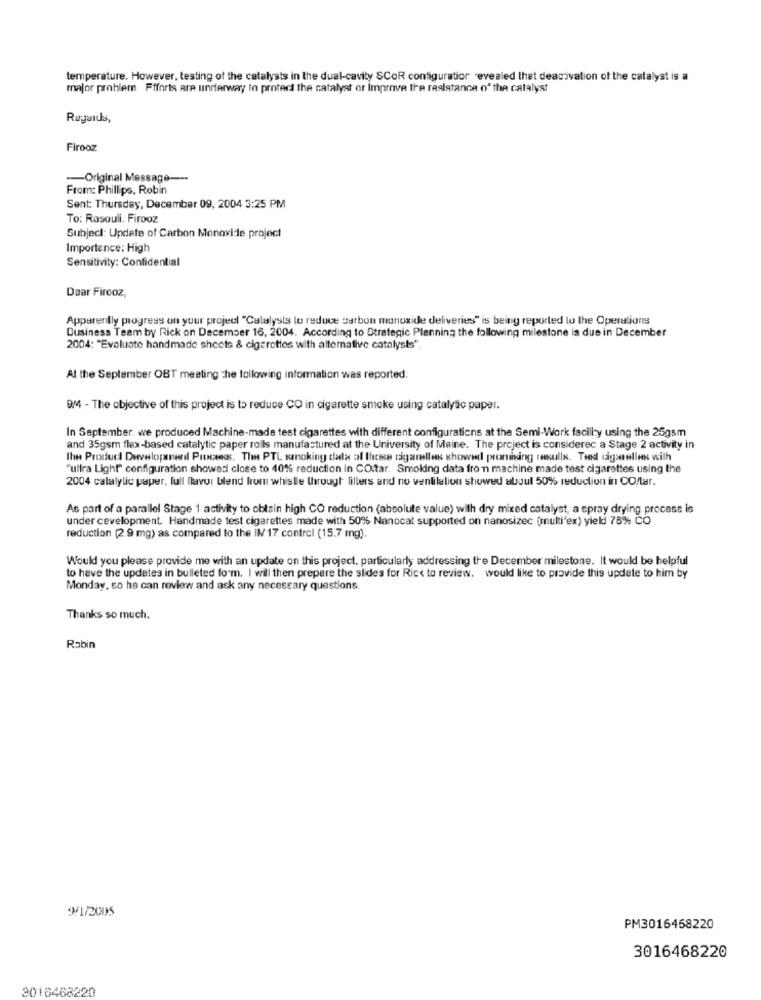
temperature. However, testing of the catalysts in the dual-cavity SCOR configuratior revealed that deacivation of the catalyst is a
major problem Ffforis are underway to protect the catalyst or Improve the resistance o' the catalyst
Ruguids,
Firooz
-Original Message --
From: Phillips, Robin
Sent: Thursday, December 09, 2004 3:25 PM
To: Rasouli. Firooz
Subject: Update of Carbon Monoxide project
Importance: High
Sensitivity: Confidential
Daar Fireoz,
Apparently progress on your project "Calalysis to reduce carbon monoxide deliveries" is being reported to the Operations
Business Team by Rick on December 16, 2004. According to Strategic Planning the following milestone is due in December
2004: "Evaluate handmade sheets & cigarettes with alternative catalysts".
At the September OBT meeting the following information was reported;
94 - The objective of this project is to reduce CO in cigarette smoke using catalytic paper.
In September. we produced Machine-made test cigarettes with different configurations at the Semi-Work facility using the 25gsm
and 35gsm flex-based catalytic paper rolls manufactured at the University of Maine. The project is considerec a Stage 2 activity in
the Product Development Process. The PTL sanoking data al those cigamelles showed promising rekulls. Ted digaselles with
"ultra Light" configuration showed close to 40% reduction in CO.tar. Smoking data fron machine made test cigarettes using the
2004 calalylic paper, full llavor blend from whistle through fillers and no ventilation showed aboul 50% reduction in CO/ter.
As part of a parallel Stage 1 activity to obtain high CO reduction (absolute value) with dry mixed catalyst, a spray drying process is
under cevelopment. Handmade test cigarettes made with 50% Nanocat supported on nanosizec (multi'ex) yield 78% CO
reduction (2.9 mg) as compared to the IN 17 control (15.7 mg).
Would you please provide me with an update on this project, particularly addressing the December milestone. It would be helpful
to have the updates in bulleted form. I will then prepare the slides for Rict to review. would like to provide this update to him by
Monday, co he can review and ask any necessary questions.
Thanks so much.
Rabin
9/1/2005
PM3016458220
3016468220
2016468220